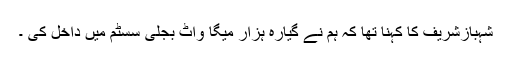
شہبازشریف کا کہنا تھا کہ ہم نے گیارہ ہزار میگا واٹ بجلی سسٹم میں داخل کی ۔